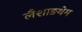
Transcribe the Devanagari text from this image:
लैशाङथेम